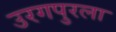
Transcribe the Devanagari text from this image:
उरगपुरला